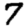
Digit: 7